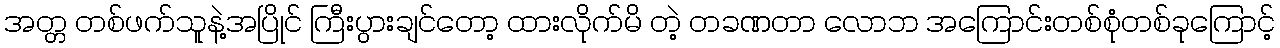
အတ္တ တစ်ဖက်သူနဲ့အပြိုင် ကြီးပွားချင်တော့ ထားလိုက်မိ တဲ့ တခဏတာ လောဘ အကြောင်းတစ်စုံတစ်ခုကြောင့်